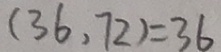
( 3 6 . 7 2 ) = 3 6